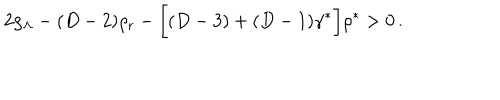
LaTeX: 2 \rho _ { \Lambda } - ( D - 2 ) \rho _ { \mathrm { r } } - \biggl [ ( D - 3 ) + ( D - 1 ) \gamma ^ { * } \biggr ] \rho ^ { * } > 0 \, .